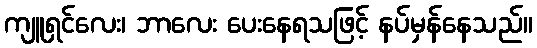
ကျူရှင်လေး၊ ဘာလေး ပေးနေရသဖြင့် နပ်မှန်နေသည်။